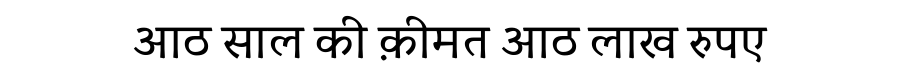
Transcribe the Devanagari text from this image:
आठ साल की क़ीमत आठ लाख रुपए